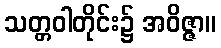
သတ္တဝါတိုင်း၌ အဝိဇ္ဇာ။